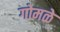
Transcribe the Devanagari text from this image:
गोमळे